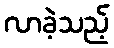
လာခဲ့သည့်